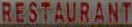
RESTAURANT